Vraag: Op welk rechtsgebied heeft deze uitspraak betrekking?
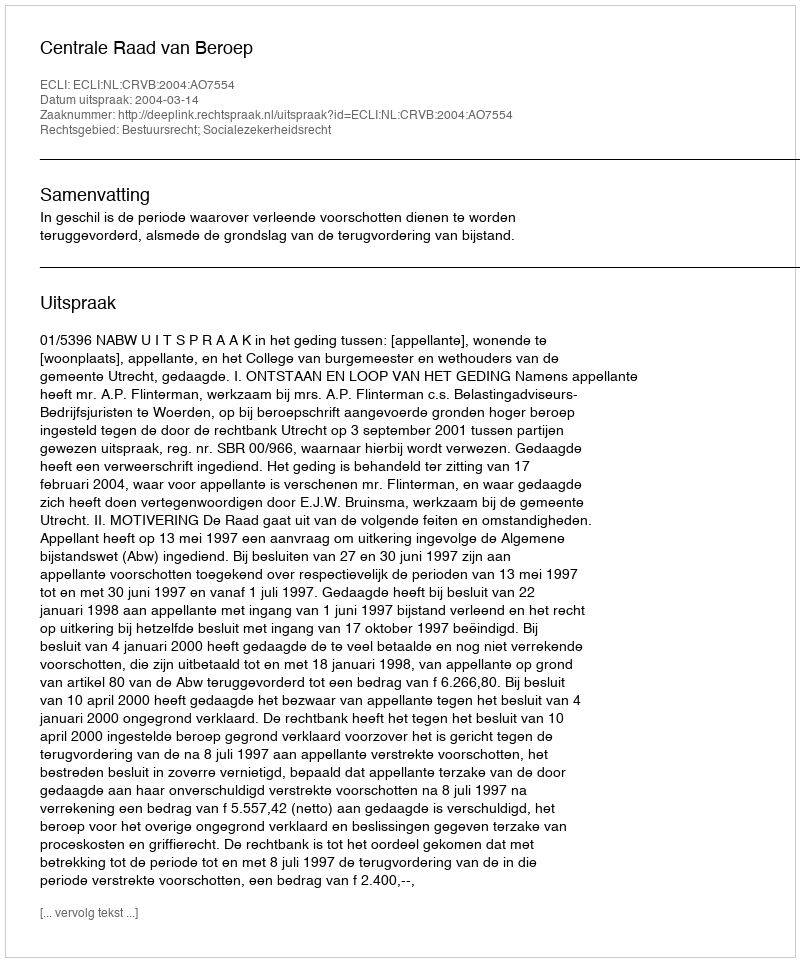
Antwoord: Bestuursrecht; Socialezekerheidsrecht